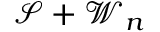
\mathcal { S } + \mathcal { W } _ { n }